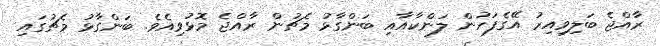
ރާއްޖެ ބަލިވިއިރު އޭގެފަހުން ލަންކާއާއި ބަަންގާޅު މެޗުން ރާއްޖެ މޮޅުވިއެވެ. ބަންގާޅު މެޗުގައި